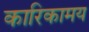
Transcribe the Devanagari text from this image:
कारिकामय